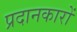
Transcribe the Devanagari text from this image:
प्रदानकारों